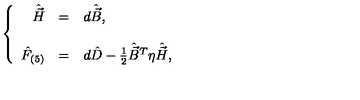
\left\{ \begin{array} { r c l } { \hat { \vec { H } } } & { = } & { d \hat { \vec { B } } , } \\ { } & { } & { } \\ { \hat { F } _ { ( 5 ) } } & { = } & { d \hat { D } - { \textstyle \frac { 1 } { 2 } } \hat { \vec { B } } { } ^ { T } \eta \hat { \vec { H } } , } \\ \end{array} \right.